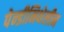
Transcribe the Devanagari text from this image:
पेन्डीमिथेलीन